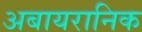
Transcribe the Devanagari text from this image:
अबायरानिक